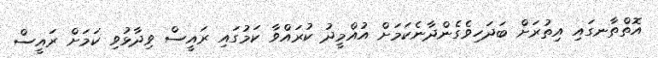
އޮތްތާނގައި އިތުރަށް ބަދަހިވެގެންދާނެކަމަށް އުއްމީދު ކުރައްވާ ކަމުގައި ރައީސް ވިދާޅުވި ކަމަށް ރައީސް